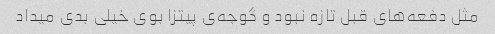
مثل دفعه‌های قبل تازه نبود و گوجه‌ی پیتزا بوی خیلی بدی میداد